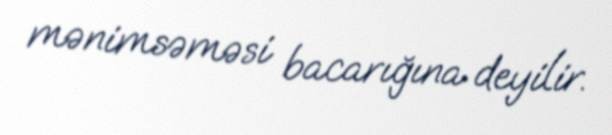
mənimsəməsi bacarığına deyilir.